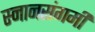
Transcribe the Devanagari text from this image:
स्नानसंगमी